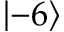
\left\lvert - 6 \right\rangle